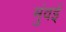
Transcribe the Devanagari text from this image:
मुंवई